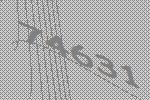
74631